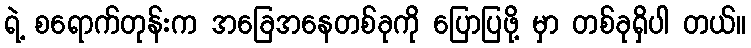
ရဲ့ စရောက်တုန်းက အခြေအနေတစ်ခုကို ပြောပြဖို့ မှာ တစ်ခုရှိပါ တယ်။